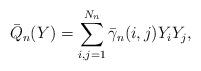
LaTeX: \begin{align*}\bar{Q}_n(Y)=\sum_{i,j=1}^{N_n}\bar{\gamma}_n(i,j)Y_iY_j,\end{align*}